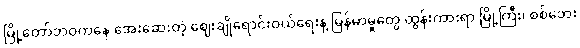
မြို့တော်ဘဝကနေ အေးဆေးတဲ့ ဈေးချိုရောင်းဝယ်ရေးနဲ့ မြန်မာမှုတွေ ထွန်းကားရာ မြို့ကြီး၊ စစ်ဘေး